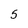
Character: 5